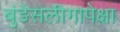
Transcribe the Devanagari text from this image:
बुंडेसलीगापेक्षा